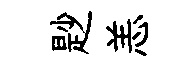
尟恙